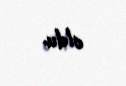
oldu.